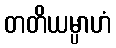
တတိယမ္ပာဟံ